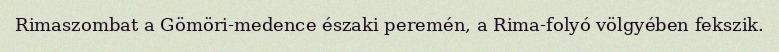
Rimaszombat a Gömöri-medence északi peremén, a Rima-folyó völgyében fekszik.